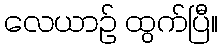
လေယာဉ် ထွက်ပြီ။